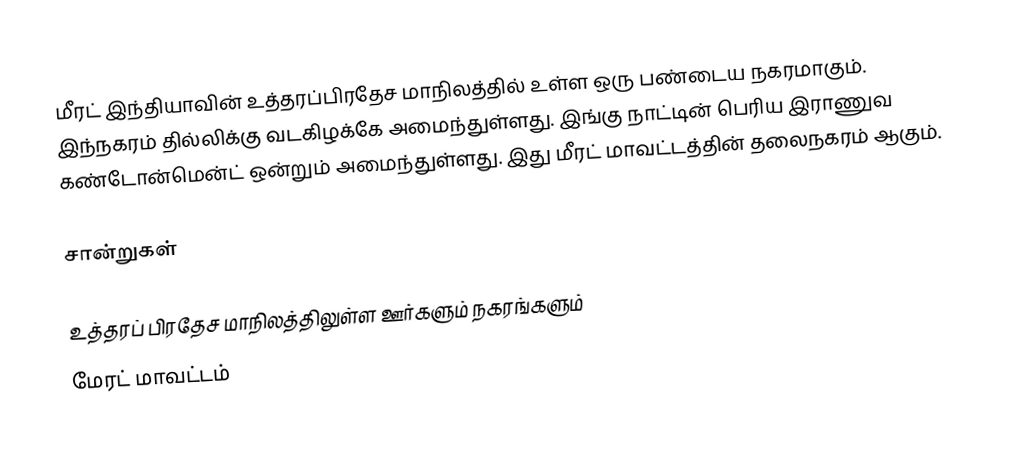
மீரட் இந்தியாவின் உத்தரப்பிரதேச மாநிலத்தில் உள்ள ஒரு பண்டைய நகரமாகும். இந்நகரம் தில்லிக்கு வடகிழக்கே அமைந்துள்ளது. இங்கு நாட்டின் பெரிய இராணுவ கண்டோன்மென்ட் ஒன்றும் அமைந்துள்ளது. இது மீரட் மாவட்டத்தின் தலைநகரம் ஆகும்.

சான்றுகள்

உத்தரப் பிரதேச மாநிலத்திலுள்ள ஊர்களும் நகரங்களும்
மேரட் மாவட்டம்